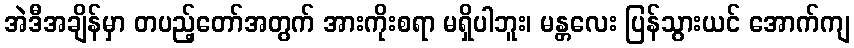
အဲဒီအချိန်မှာ တပည့်တော်အတွက် အားကိုးစရာ မရှိပါဘူး၊ မန္တလေး ပြန်သွားယင် အောက်ကျ